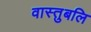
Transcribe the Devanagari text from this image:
वास्तुबलि